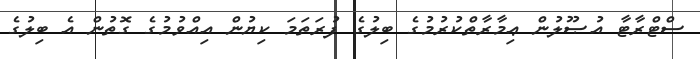
ސްޓްރާޓާ އުޞޫލުން ޢިމާރާތްކުރުމުގެ ބިލުގެ ފުރަތަމަ ކިޔުން އިއްވުމުގެ ގޮތުން އެ ބިލުގެ